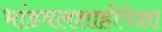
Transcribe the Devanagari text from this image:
भांडवलशाहीपेक्षा